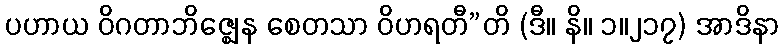
ပဟာယ ဝိဂတာဘိဇ္ဈေန စေတသာ ဝိဟရတီ”တိ (ဒီ။ နိ။ ၁။၂၁၇) အာဒိနာ